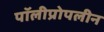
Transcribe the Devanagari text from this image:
पॉलीप्रोपलीन